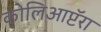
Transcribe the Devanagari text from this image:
कोलिआप्टॅरा